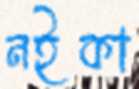
নইকা